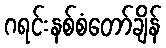
ဂရင်းနစ်စံတော်ချိန်